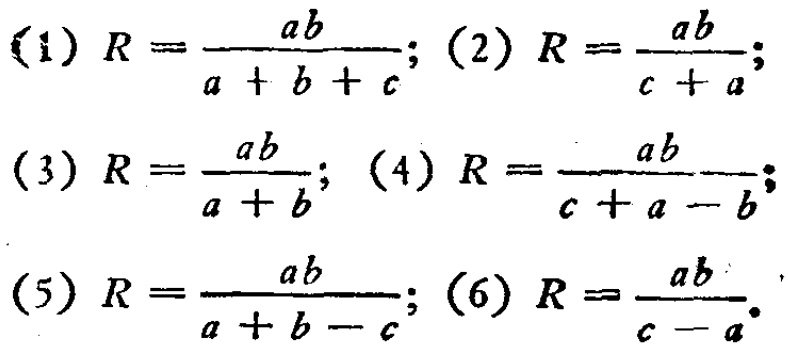
(1) \(R = \frac{ab}{a + b + c}\); (2) \(R = \frac{ab}{c + a}\);

(3) \(R = \frac{ab}{a + b}\); (4) \(R = \frac{ab}{c + a - b}\);

(5) \(R = \frac{ab}{a + b - c}\); (6) \(R = \frac{ab}{c - a}\).